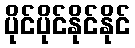
ပိုင်ပိုင်နိုင်နိုင်